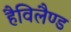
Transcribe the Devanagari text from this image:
हैविलैण्ड